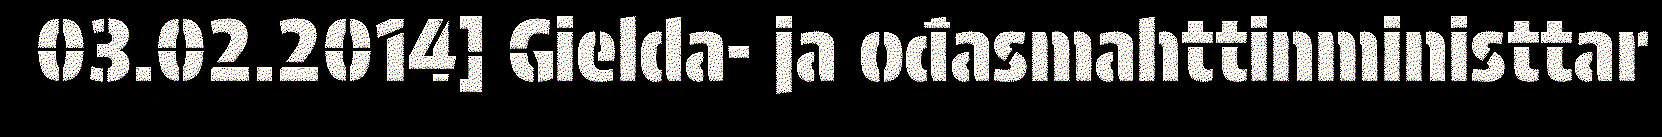
03.02.2014] Gielda- ja ođasmahttinministtar